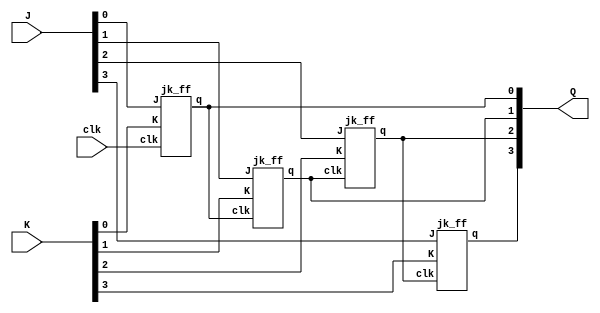
module async_4bit_up_counter(clk, J,K,Q);
input clk;
input [3:0]J,K;
output [3:0]Q;

jk_ff JK1(clk,J[0],K[0],Q[0]);
jk_ff JK2(Q[0],J[1],K[1],Q[1]);
jk_ff JK3(Q[1],J[2],K[2],Q[2]);
jk_ff JK4(Q[2],J[3],K[3],Q[3]);

endmodule


module jk_ff(clk,J,K, q);
input clk,J,K;
output reg q;

always@(negedge clk)
begin
  case({J,K})
    2'b00: q <= q;
  2'b01: q <= 1'b0;
  2'b10: q <= 1'b1;
  2'b11: q <= ~q;
  endcase
end

initial begin
q = 1'b1;
end

endmodule